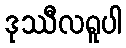
ဒုဿီလရူပါ